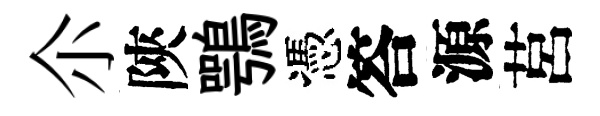
尒陝鶚憑答源莒